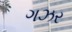
ગઝર